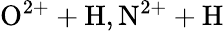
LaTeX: \mathrm{O^{2+}+H,N^{2+}+H}